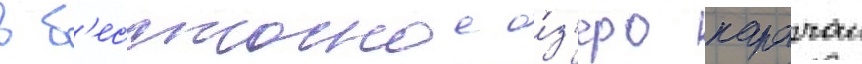
в б'ессточное о́з'еро карачаи